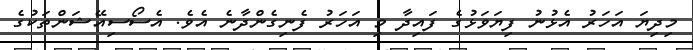
މިދިޔަ އަހަރު އެޅުނު ފިޔަވަޅުގެ ފައިދާ މި އަހަރު ފެނިގެންދާނެ އެވެ. އެސޯސިއޭޝަންތަކުގެ